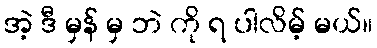
အဲ့ ဒီ မှန် မှ ဘဲ ကို ရ ပါလိမ့် မယ်။